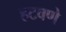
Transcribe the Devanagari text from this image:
हटवणे